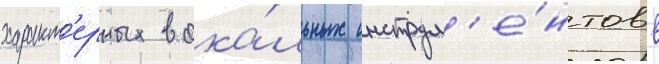
характ'ерных вока́льных инструм'е́нтов в